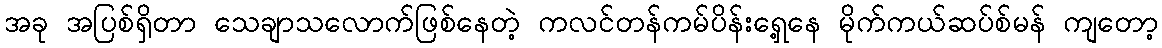
အခု အပြစ်ရှိတာ သေချာသလောက်ဖြစ်နေတဲ့ ကလင်တန်ကမ်ပိန်းရှေ့နေ မိုက်ကယ်ဆပ်စ်မန် ကျတော့